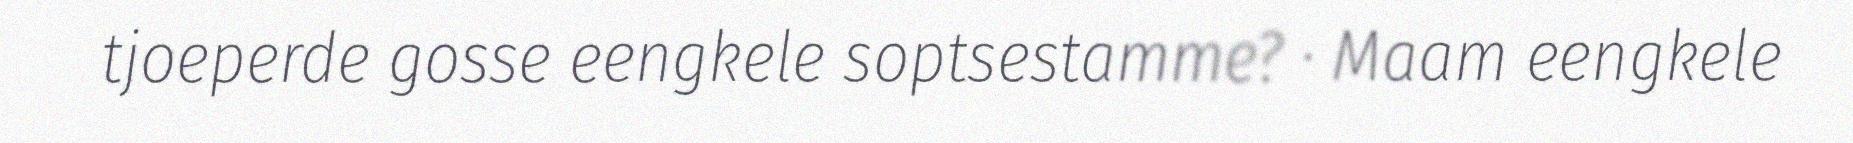
tjoeperde gosse eengkele soptsestamme? · Maam eengkele